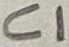
Text: C1